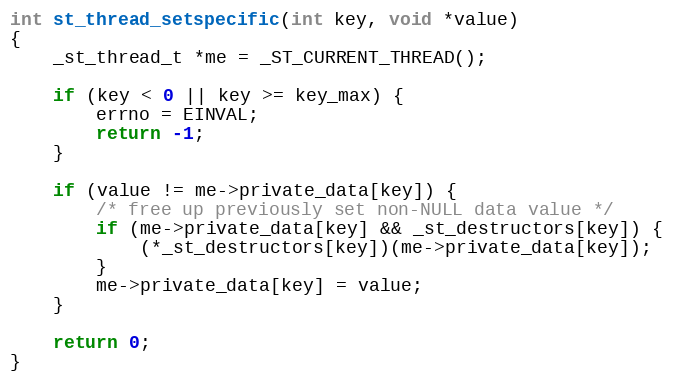
Language: C
int st_thread_setspecific(int key, void *value)
{
    _st_thread_t *me = _ST_CURRENT_THREAD();

    if (key < 0 || key >= key_max) {
        errno = EINVAL;
        return -1;
    }

    if (value != me->private_data[key]) {
        /* free up previously set non-NULL data value */
        if (me->private_data[key] && _st_destructors[key]) {
            (*_st_destructors[key])(me->private_data[key]);
        }
        me->private_data[key] = value;
    }

    return 0;
}